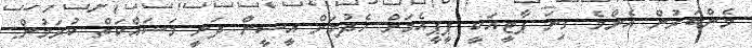
މެންބަރުން އެންމެ ގިނަ ޕާޓީއަކީ ޕީޕީއެމަށް ހެދުމަށް އީސީން ދަނީ މަސައްކަތް ކުރަމުން: